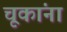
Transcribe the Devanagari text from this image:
चूकांना